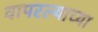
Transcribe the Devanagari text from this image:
वापरल्याच्या